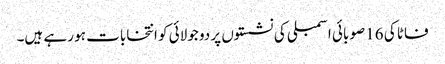
فاٹا کی 16 صوبائی اسمبلی کی نشستوں پر دو جولائی کو انتخابات ہو رہے ہیں۔